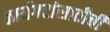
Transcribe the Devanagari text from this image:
कार्यगटांसाठीची